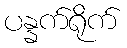
ပန္နက်ရိုက်